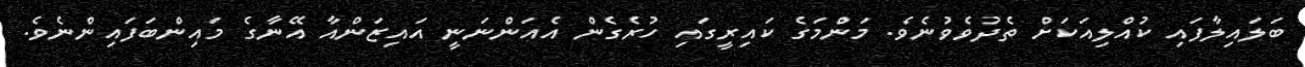
ބަލައިލާފައި ކުއްލިއަކަށް ތެދުވެވުނެވެ. މަންމަގެ ކައިރީގައި ހުރެގެން އެއަންނަނީ އައިޒަންއާ އޭނާގެ މައިންބަފައިންނެވެ.